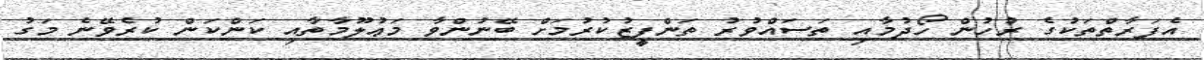
އެފަރާތްތަކުގެ ރުހުން ހޯދުމާއި ތަސައްވުރު ތަންފީޒުކުރުމަށް ބޭނުންވާ މަޢުލޫމާތާއި ކަންކަން ކުރެވޭނެ މަގު